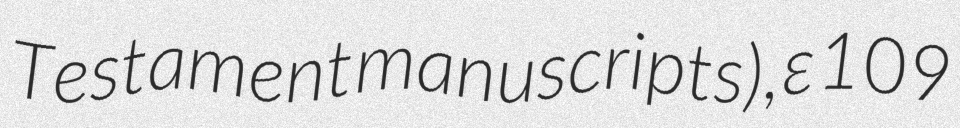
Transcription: Testament manuscripts), ε 109